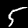
Label: 5